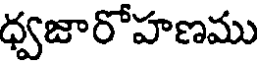
ధ్వజారోహణము